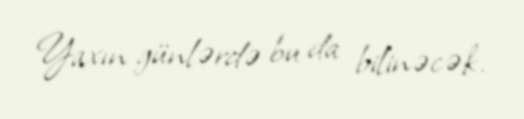
Yaxın günlərdə bu da bilinəcək.